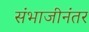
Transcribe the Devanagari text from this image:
संभाजीनंतर